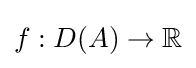
f:D(A)\to \mathbb {R}